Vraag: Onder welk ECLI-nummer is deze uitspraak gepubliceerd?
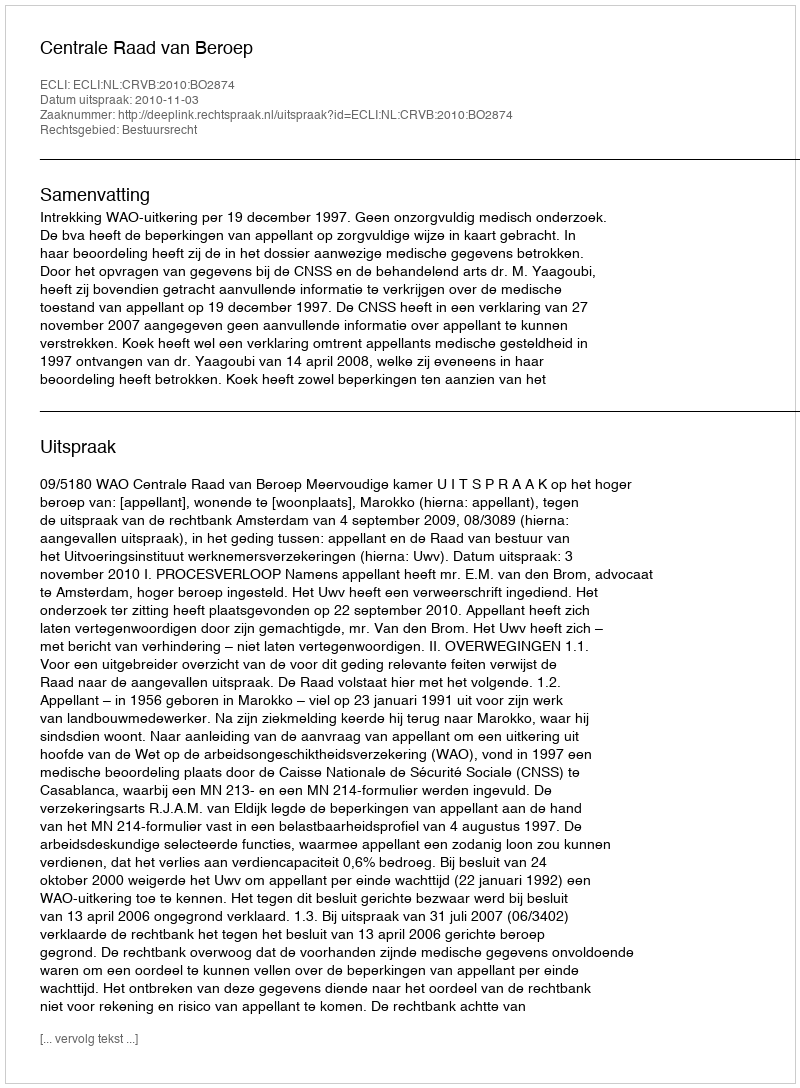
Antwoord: ECLI:NL:CRVB:2010:BO2874